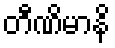
တီဏိမာနိ